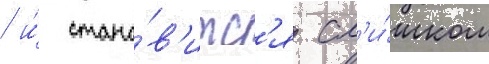
/ и́ стано́в'итс'я сл'и́шком